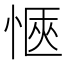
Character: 愜